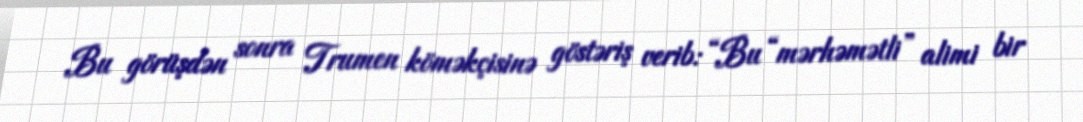
Bu görüşdən sonra Trumen köməkçisinə göstəriş verib: “Bu “mərhəmətli” alimi bir